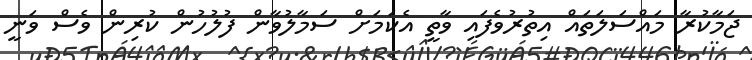
ޖަމާކުރާ މައްސަލަތައް އިތުރުވެފައި ވާތީ އެކަމަށް ސަމާލުވާން ފުލުހުން ކުރިން ވެސް ވަނީ